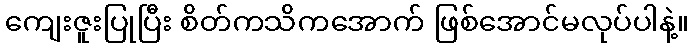
ကျေးဇူးပြုပြီး စိတ်ကသိကအောက် ဖြစ်အောင်မလုပ်ပါနဲ့။